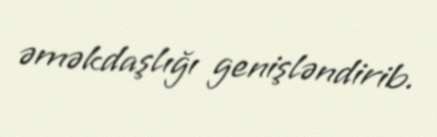
əməkdaşlığı genişləndirib.